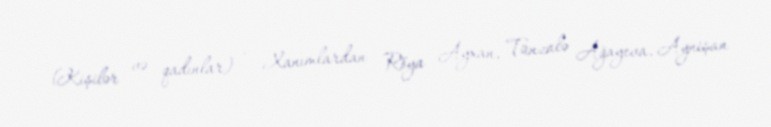
(Kişilər və qadınlar) - Xanımlardan Röya Ayxan, Tünzalə Ağayeva, Aynişan